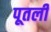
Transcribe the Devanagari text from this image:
पूतली